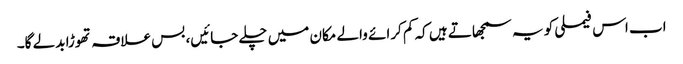
اب اس فیملی کو یہ سمجھاتے ہیں کہ کم کرائے والے مکان میں چلے جائیں، بس علاقہ تھوڑا بدلے گا۔